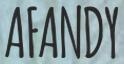
AFANDY